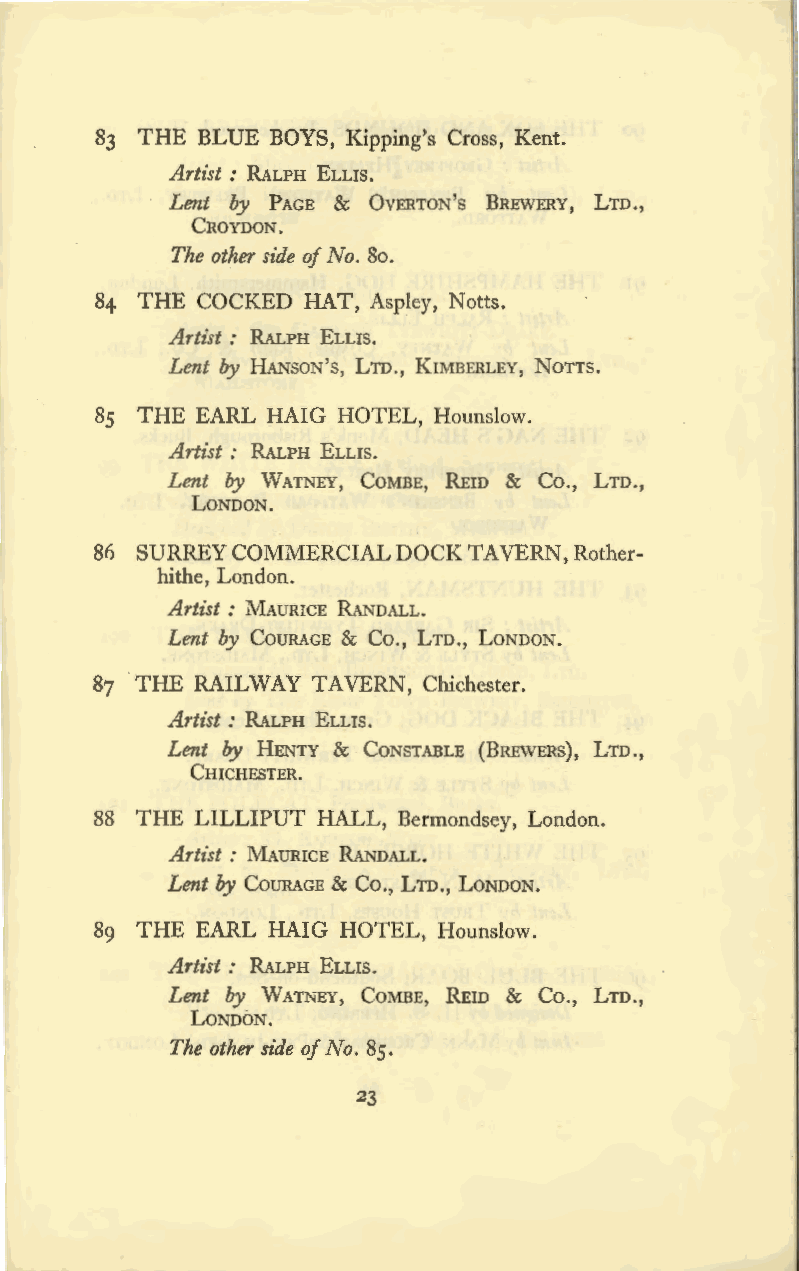
83 THE BLUE BOYS, Kipping's Cross, Kent.
 Artist: RALPH ELLIS.
 Lent by PAGE & OvERTON's BREWERY, LTD.,
 CROYDON.
 The other side of No. 80.
 84 THE COCKED HAT, Aspley, N otts.
 Artist : RALPH ELLIS.
 Lent by HANSON' s, LTD., KIMBERLEY, N OTTS.
 85 THE EARL HAIG HOTEL, Hounslow.
 Artist : RALPH ELLIS.
 Lent by WATNEY, COMBE, REID & Co., LTD.,
 LONDON.
 86 SURREY COMMERCIAL DOCK TAV ERN, Rother
 hithe, London.
 Artist : MAURICE RANDALL.
 Lent by COURAGE & Co., LTD., LONDON.
 87 THE RAILWAY TAV ERN, Chichester.
 Artist : RALPH ELLIS.
 Lent by HENTY & CONSTABLE (BREWERS), LTD.,
 CHICHESTER.
 88 THE LILLIPUT HALL, Bermondsey, London.
 Artist : MAURICE RANDALL.
 Lent by CouRAGE & Co., LTD., LONDON.
 89 THE EARL HAIG HOTEL, Hounslow.
 Artist: RALPH ELLIS.
 Lent by WATNEY, COMBE, REID & Co., LTD.,
 LONDON.
 The other side of No. 85.
 23